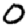
Digit: 0